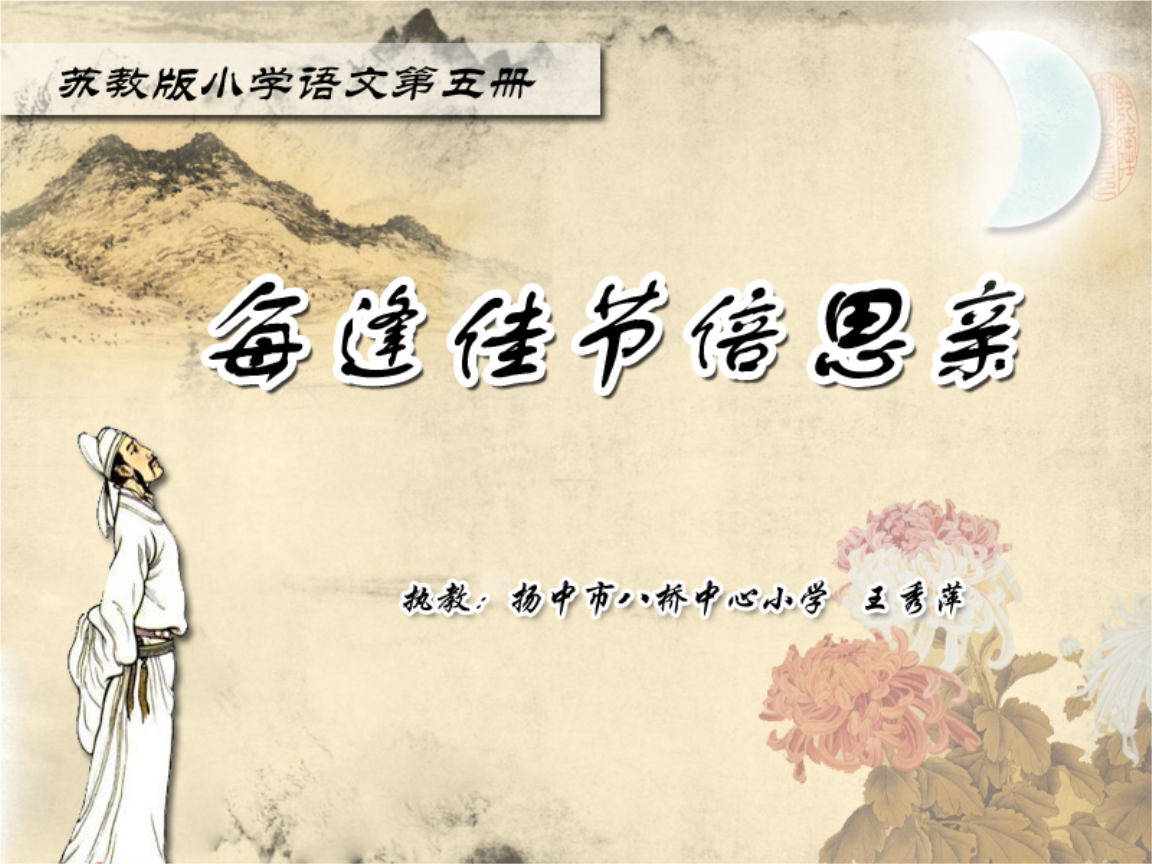
独在异乡为异客，每逢佳节倍思亲。